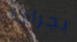
بجراحة